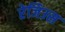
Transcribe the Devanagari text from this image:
रेजिउस